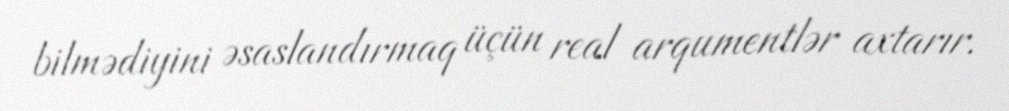
bilmədiyini əsaslandırmaq üçün real arqumentlər axtarır.